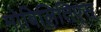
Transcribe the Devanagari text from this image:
मोबिलितिएस्